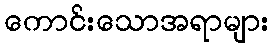
ကောင်းသောအရာများ